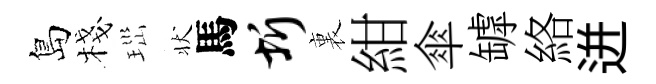
島棧𤤼状馬圻裏紺傘罅絡迸